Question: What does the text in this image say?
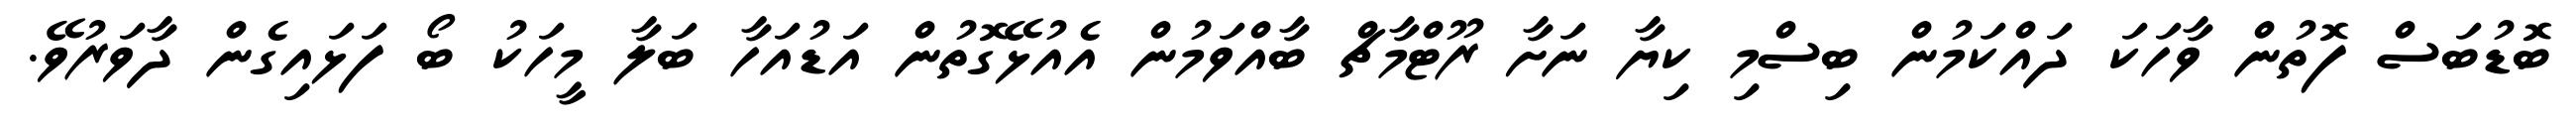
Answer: ބޮޑުބަސް ފޮތުން ވާހަކަ ދައްކަމުން ބިސްމި ކިޔާ ނަށާ ރޫޓްމާޗް ބާއްވަމުން އެއުޅޭގޮތުން އަޑުއަހާ ބަލާ މީހަކު ބޯ ފަޅައިގެން ދާވަރުވޭ.